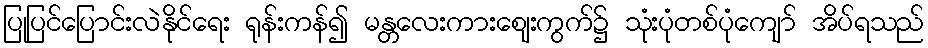
ပြုပြင်ပြောင်းလဲနိုင်ရေး ရုန်းကန်၍ မန္တလေးကားဈေးကွက်၌ သုံးပုံတစ်ပုံကျော် အိပ်ရသည်